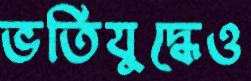
ভর্তিযুদ্ধেও